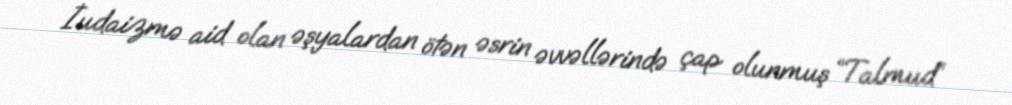
İudaizmə aid olan əşyalardan ötən əsrin əvvəllərində çap olunmuş “Talmud”